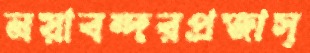
নয়াবন্দরপ্রজাস্